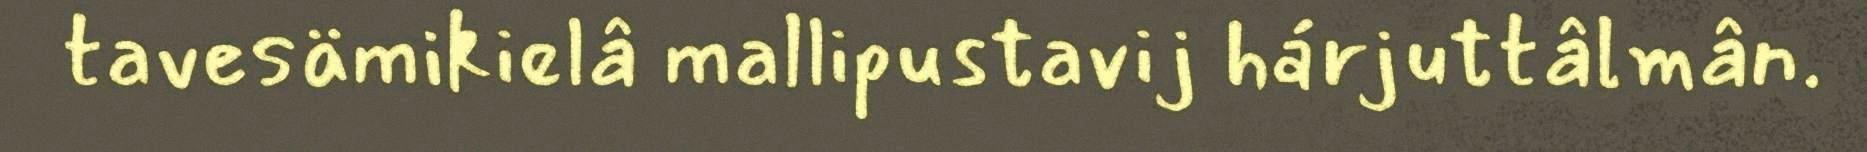
tavesämikielâ mallipustavij hárjuttâlmân.